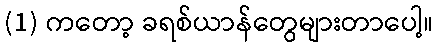
(1) ကတော့ ခရစ်ယာန်တွေများတာပေါ့။